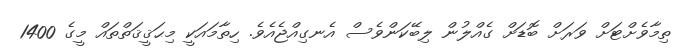
ތިމާވެށްޓަށް ވަރަށް ބޮޑަށް ގެއްލުން ލިބޭކަންވެސް އެނގިއްޖެއެވެ. ހިތާމައަކީ މިޙަޤީޤަތްތައް މީގެ 1400